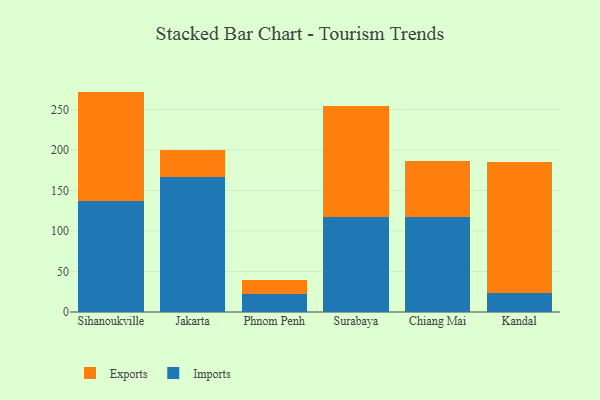
{"axis": {"x": "City", "y": "Energy Usage (MWh)"}, "legend": ["Exports", "Imports"], "data": [{"x": "Sihanoukville", "y": 137.0, "type": "Imports"}, {"x": "Sihanoukville", "y": 135.2, "type": "Exports"}, {"x": "Jakarta", "y": 166.9, "type": "Imports"}, {"x": "Jakarta", "y": 33.4, "type": "Exports"}, {"x": "Phnom Penh", "y": 21.7, "type": "Imports"}, {"x": "Phnom Penh", "y": 17.7, "type": "Exports"}, {"x": "Surabaya", "y": 117.4, "type": "Imports"}, {"x": "Surabaya", "y": 137.6, "type": "Exports"}, {"x": "Chiang Mai", "y": 117.6, "type": "Imports"}, {"x": "Chiang Mai", "y": 68.6, "type": "Exports"}, {"x": "Kandal", "y": 22.9, "type": "Imports"}, {"x": "Kandal", "y": 162.8, "type": "Exports"}]}